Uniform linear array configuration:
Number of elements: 64
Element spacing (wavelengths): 0.75
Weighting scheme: uniform
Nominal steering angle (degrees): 45
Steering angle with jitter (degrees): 45.631
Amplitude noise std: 0.05
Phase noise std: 0.05

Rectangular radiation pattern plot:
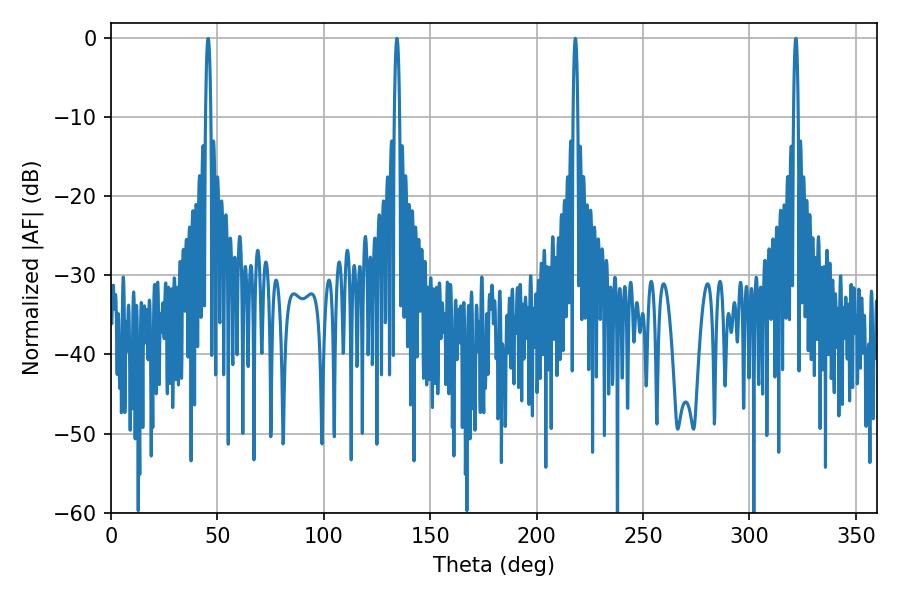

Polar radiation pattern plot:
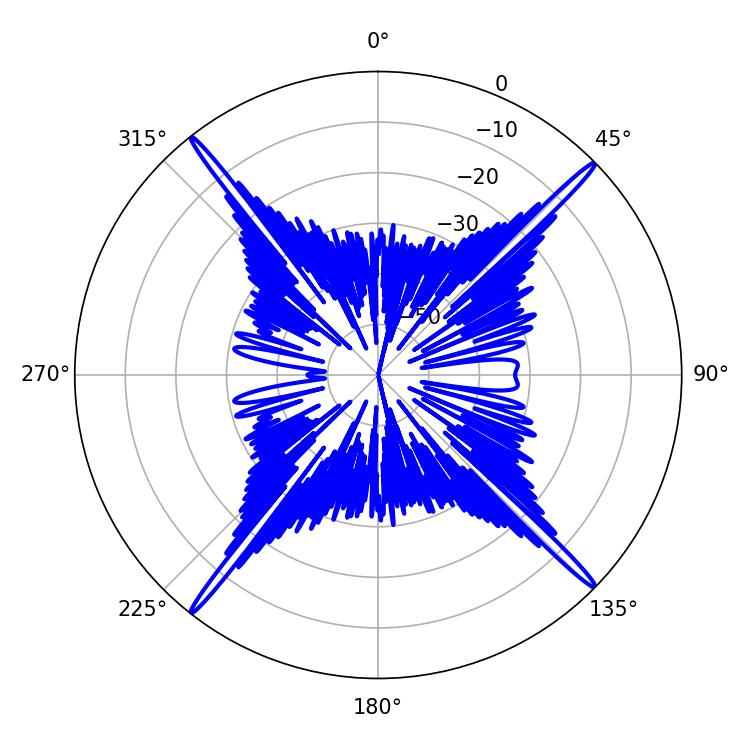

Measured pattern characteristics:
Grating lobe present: TRUE
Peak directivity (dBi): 23.033
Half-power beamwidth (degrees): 1.08
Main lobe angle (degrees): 218.16